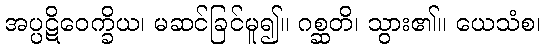
အပ္ပဋိဝေက္ခိယ၊ မဆင်ခြင်မူ၍။ ဂစ္ဆတိ၊ သွား၏။ ယေသံစ၊